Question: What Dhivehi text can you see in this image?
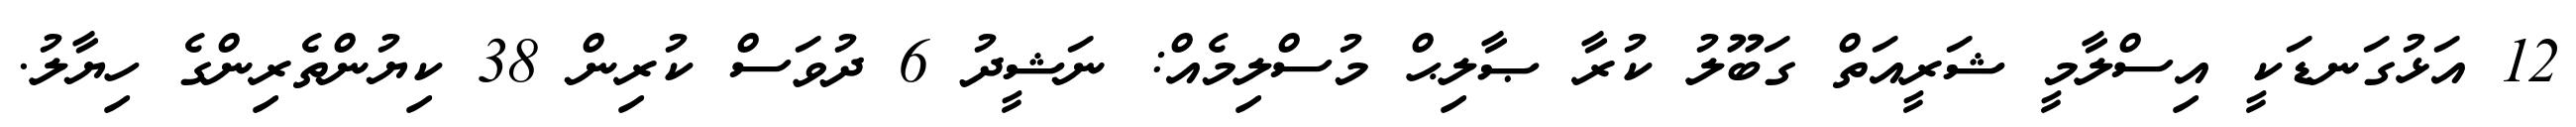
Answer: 12 އަޅުގަނޑަކީ އިސްލާމީ ޝަރީއަތް ގަބޫލު ކުރާ ޞާލިޙް މުސްލިމެއް: ނަޝީދު 6 ދުވަސް ކުރިން 38 ކިޔުންތެރިންގެ ހިޔާލު.